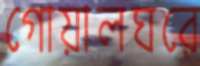
গোয়ালঘরে